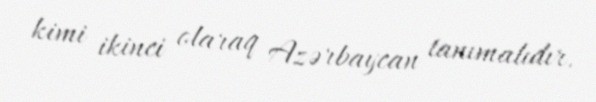
kimi ikinci olaraq Azərbaycan tanımalıdır.